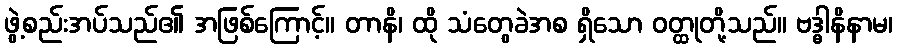
ဖွဲ့စည်းအပ်သည်၏ အဖြစ်ကြောင့်။ တာနိ၊ ထို သံတွေခဲအစ ရှိသော ဝတ္ထုတို့သည်။ ဗဒ္ဓါနိနာမ၊